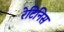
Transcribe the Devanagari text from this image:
रेटिनिस